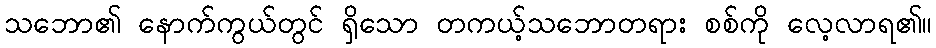
သဘော၏ နောက်ကွယ်တွင် ရှိသော တကယ့်သဘောတရား စစ်ကို လေ့လာရ၏။